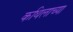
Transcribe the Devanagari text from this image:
कथिलाच्या